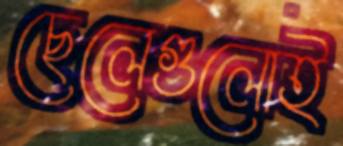
ছেলেগুলোই